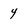
Character: 4